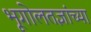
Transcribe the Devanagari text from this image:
भूगोलतज्ञांच्या